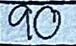
90